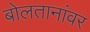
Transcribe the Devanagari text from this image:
बोलतानांवर